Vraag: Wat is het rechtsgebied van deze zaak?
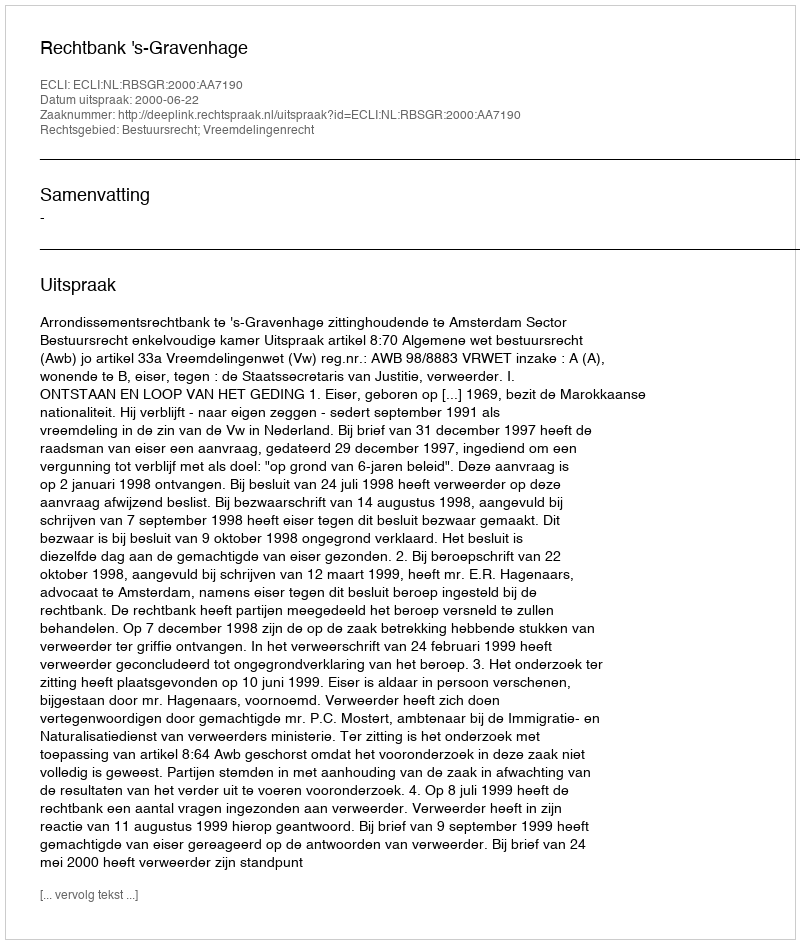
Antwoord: Bestuursrecht; Vreemdelingenrecht